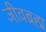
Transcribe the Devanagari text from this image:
जीवब्रह्म